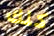
كلك